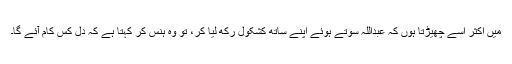
میں اکثر اسے چھیڑتا ہوں کہ عبداللہ سوتے ہوئے اپنے ساتھ کشکول رکھ لیا کر، تو وہ ہنس کر کہتا ہے کہ دل کس کام آئے گا۔